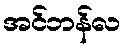
အင်ဘန်လ